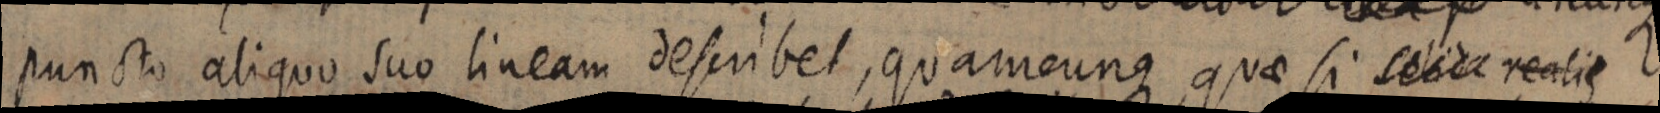
puncto abiquo suo lineam describet, quameunque quae si solida realis